Senior Leaving Certificate Examination (including Day School Certificate (Higher) General paper), 1948
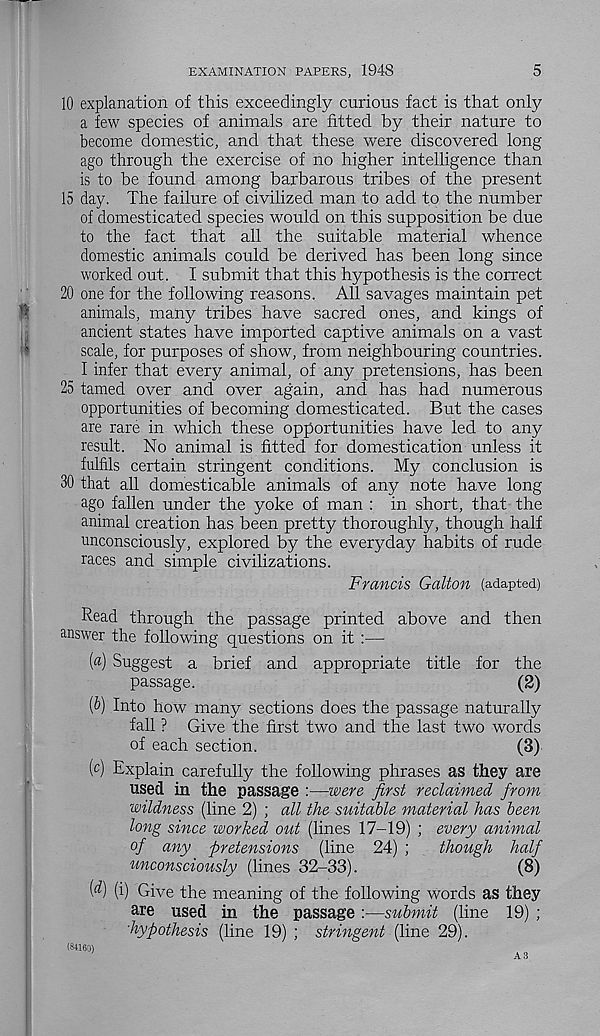
EXAMINATION PAPERS, 1948
5
10 explanation of this exceedingly curious fact is that only
a few species of animals are fitted by their nature to
become domestic, and that these were discovered long
ago through the exercise of no higher intelligence than
is to be found among barbarous tribes of the present
15 day. The failure of civilized man to add to the number
of domesticated species would on this supposition be due
to the fact that all the suitable material whence
domestic animals could be derived has been long since
worked out. I submit that this hypothesis is the correct
20 one for the following reasons. All savages maintain pet
animals, many tribes have sacred ones, and kings of
ancient states have imported captive animals on a vast
scale, for purposes of show, from neighbouring countries.
I infer that every animal, of any pretensions, has been
25 tamed over and over again, and has had numerous
opportunities of becoming domesticated. But the cases
are rare in which these opportunities have led to any
result. No animal is fitted for domestication unless it
fulfils certain stringent conditions. My conclusion is
30 that all domesticable animals of any note have long
ago fallen under the yoke of man : in short, that the
animal creation has been pretty thoroughly, though half
unconsciously, explored by the everyday habits of rude
races and simple civilizations.
Francis Gallon (adapted)
Read through the passage printed above and then
answer the following questions on it :—
(«) Suggest a brief and appropriate title for the
passage.
(2)
(6) Into how many sections does the passage naturally
fall ? Give the first two and the last two words
of each section.
(3)
(c) Explain carefully the following phrases as they are
used in the passage :—were first reclaimed from
wildness (line 2) ; all the suitable material has been
long since worked out (lines 17-19) ; every animal
of any pretensions (line 24) ;
though half
unconsciously (lines 32-33).
(8)
(^) W Give the meaning of the following words as they
are used in the passage :—submit (line 19) ;
'hypothesis (line 19) ; stringent (line 29).
(84160)
A3